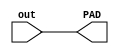
module do (out, PAD);
    input out;
    output PAD;

    assign PAD = out;
endmodule